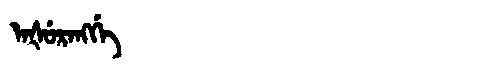
Manchu: ᠠᡧᡠᡵᠠᠩᡤᡝ
Romanization: AŠURANGGE